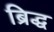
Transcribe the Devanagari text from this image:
ब्रिद्ध